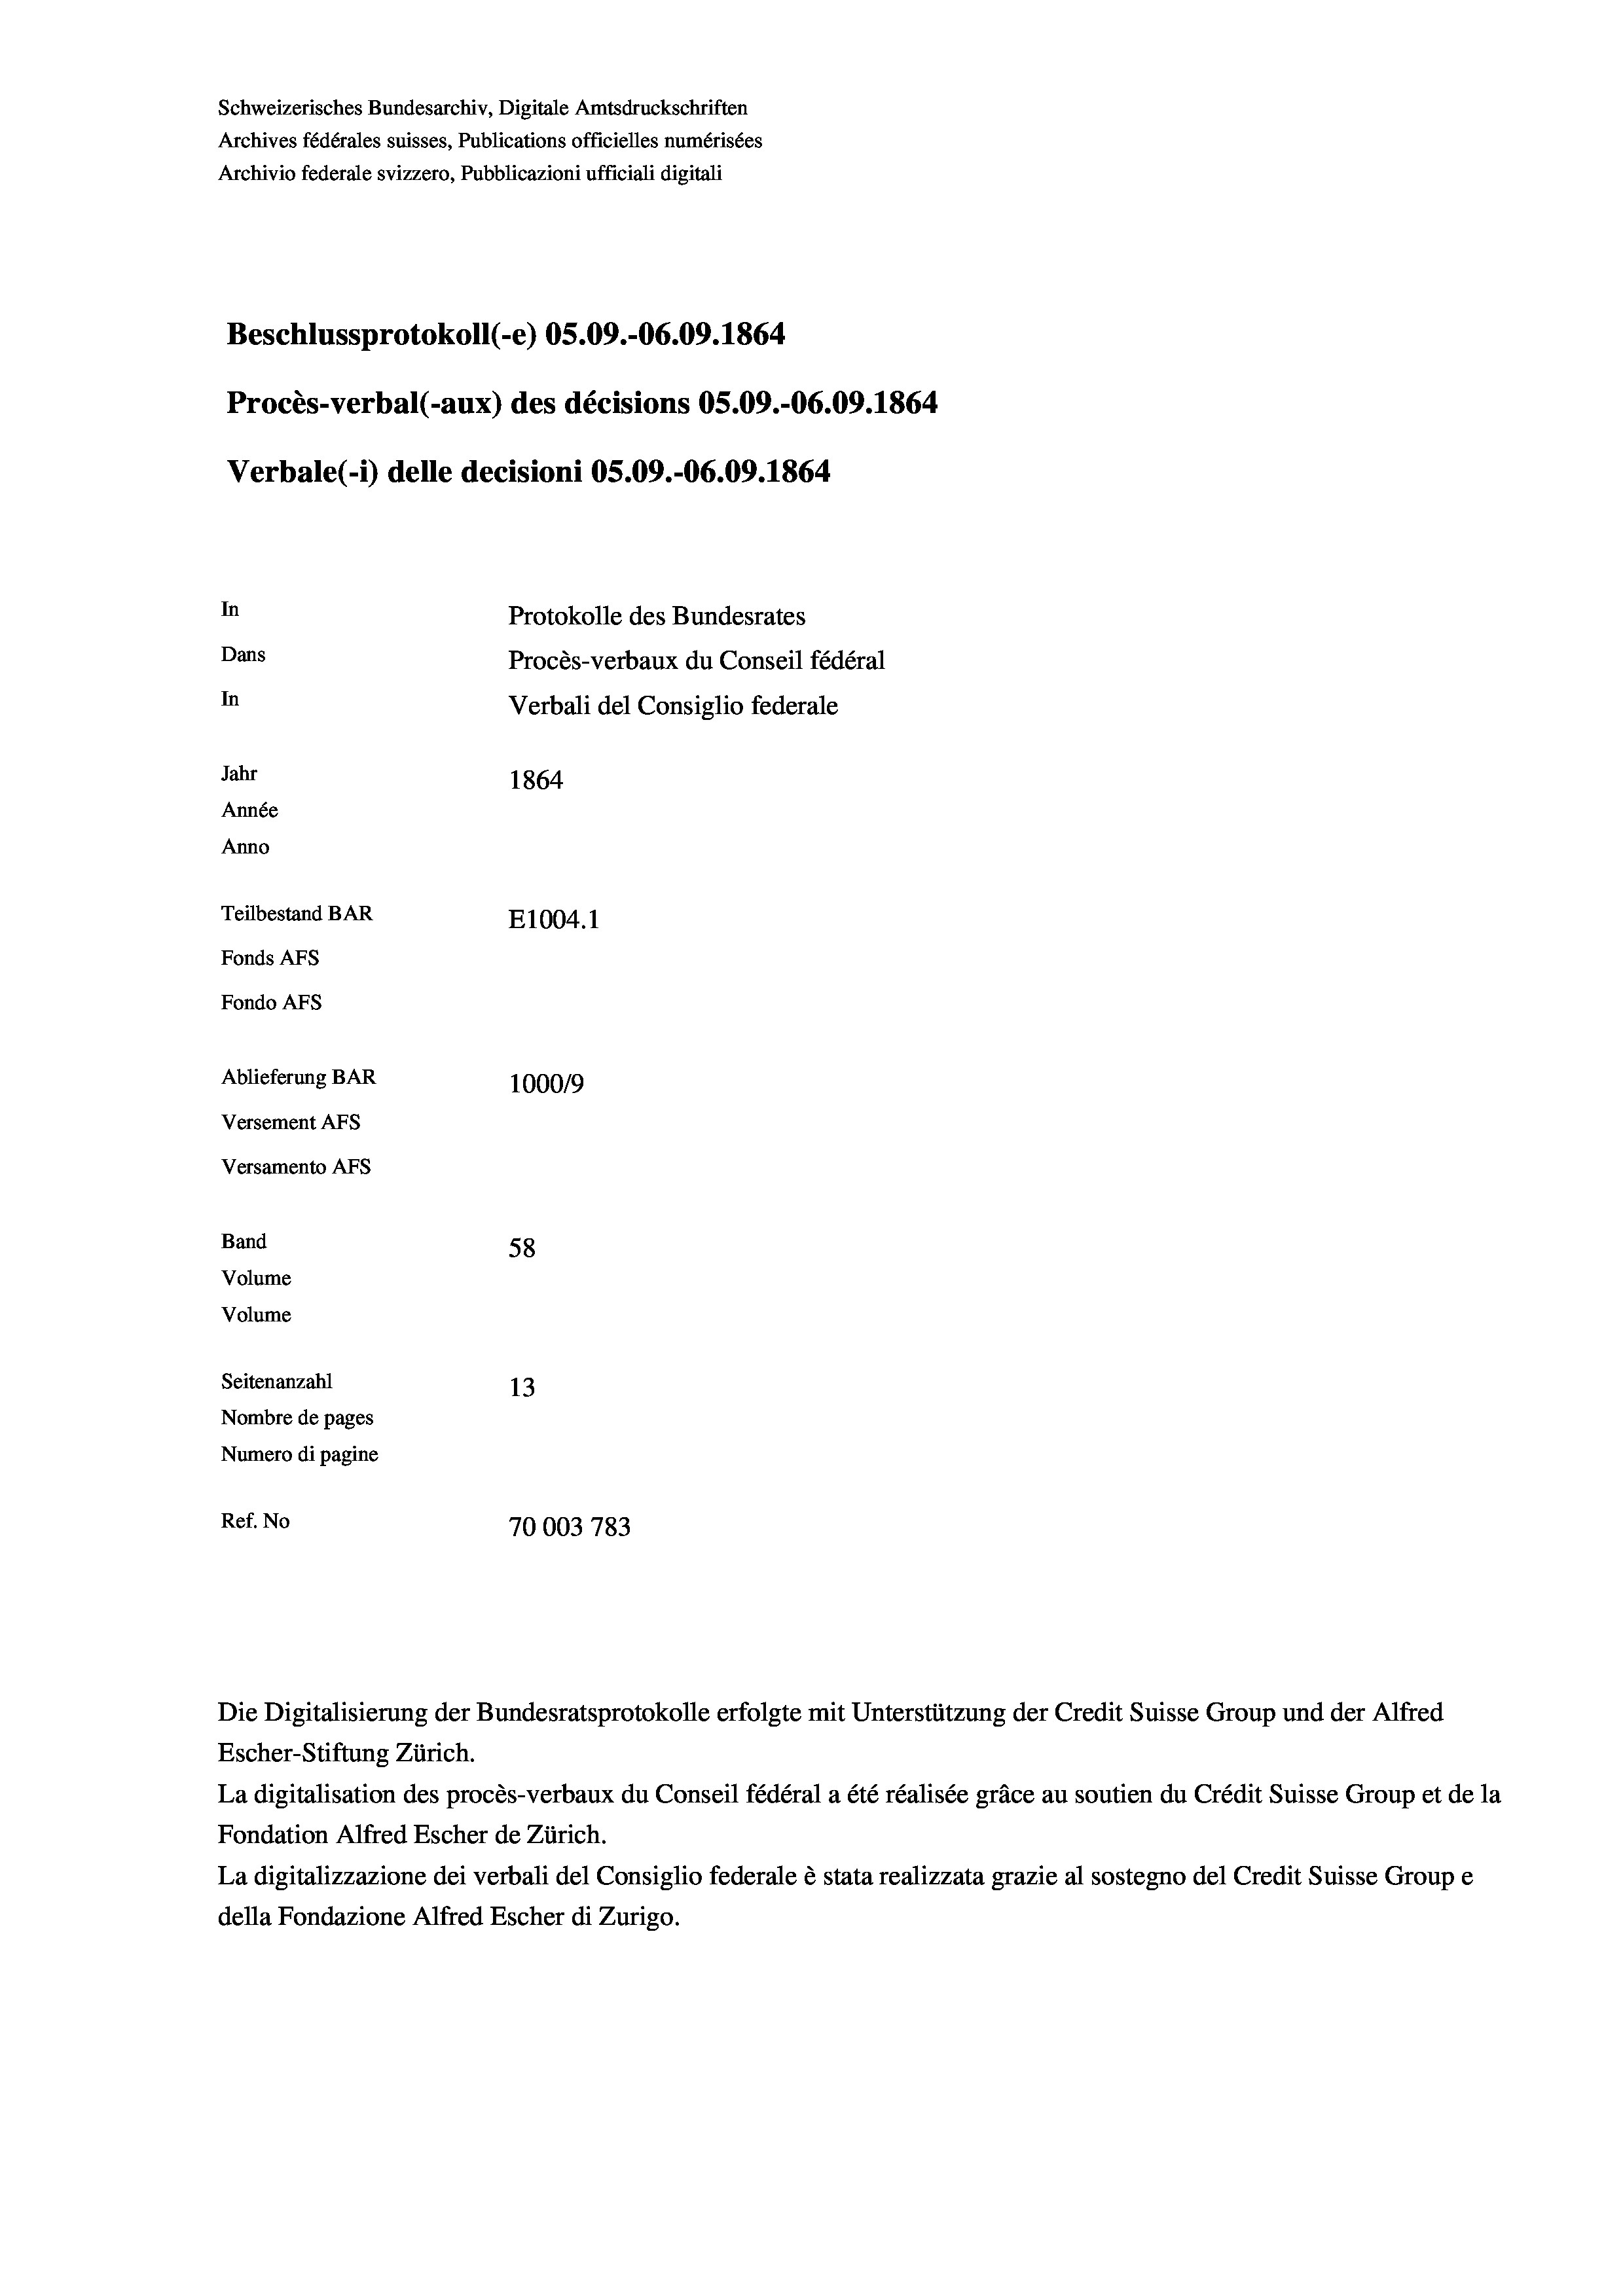
Schweizerisches Bundesarchiv, Digitale Amtsdruckschriften
Archives fédérales suisses, Publications officielles numérisées
Beschlussprotokoll (-e) 05.09.-06.09. 1864
Procès-verbal (-aux) des décisions OS.09.-06.09. 1864
Verbale (i) delle decisioni OS.09.-06.09. 1864
In
Protokolle des Bundesrates
Dans
Procès-verbaux du Conseil fédéral
In
Verbali del Consiglio federale
Jahr
1864
Année
Anno
Teilbestand BAR
E1004.1
Fonds AFs
Fondo AFS
Ablieferung BAR
1000/9
Versement AFs
Versamento Afs

Band
Volume
Volume

58
Seitenanzahl
13
Nombre de pages
Numero di pagine
Ref. No
70003 783

Archivio federale svizzero, Pubblicazioni ufficiali digitali

Escher-Stiftung Zürich.
La digitalisation des procès-verbaux du Conseil fédéral a été réalisée gräce au soutien du Crédit Suisse Group et de la
Fondation Alfred Escher de Zürich.
La digitalizzazione dei verbali del Consiglio federale è stata realizzata grazie al sostegno del Credit Suisse Groupe
della Fondazione Alfred Escher di Zurigo.

Die Digitalisierung der Bundesratsprotokolle erfolgte mit Unterstützung der Credit Suisse Group und der Alfred